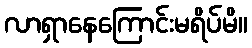
လာရှာနေကြောင်းမရိပ်မိ။